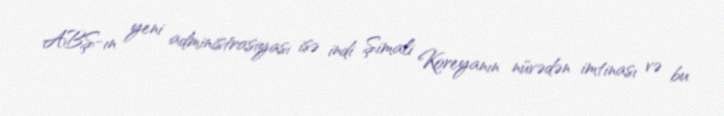
ABŞ-ın yeni administrasiyası isə indi Şimali Koreyanın nüvədən imtinası və bu